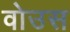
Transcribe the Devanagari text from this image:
वोउस